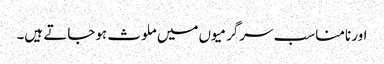
اور نامناسب سرگرمیوں میں ملوث ہوجاتے ہیں۔